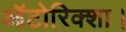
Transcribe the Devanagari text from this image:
ऑटोरिक्शा।